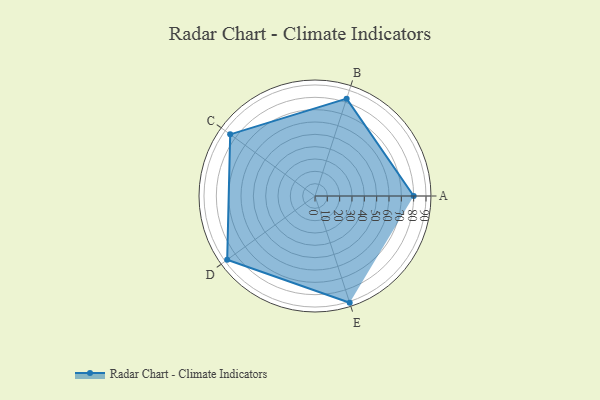
{"axis": {"x": "Skill", "y": "Score"}, "legend": ["Profile"], "data": [{"x": "A", "y": 80.0, "type": "Profile"}, {"x": "B", "y": 83.0, "type": "Profile"}, {"x": "C", "y": 85.0, "type": "Profile"}, {"x": "D", "y": 88.0, "type": "Profile"}, {"x": "E", "y": 91.0, "type": "Profile"}]}